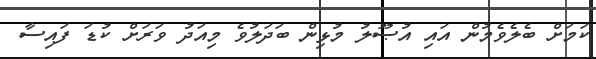
ކަމަށް ބެލެވެމުން އައި އުޞޫލު މުޅިން ބަދަލުވެ މިއަދު ވަރަށް ކުޑަ ފައިސާ